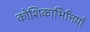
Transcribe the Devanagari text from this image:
कोशिकाभित्तियाँ